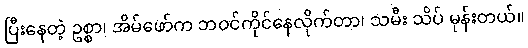
ပြီးနေတဲ့ ဥစ္စာ၊ အိမ်ဖော်က ဘဝင်ကိုင်နေလိုက်တာ၊ သမီး သိပ် မုန်းတယ်။